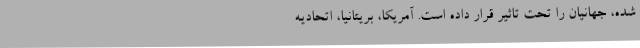
شده، جهانیان را تحت تاثیر قرار داده است. آمریکا، بریتانیا، اتحادیه